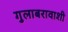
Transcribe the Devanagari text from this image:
गुलाबरावाशी